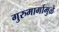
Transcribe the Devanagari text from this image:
गुरुमार्गामुळे